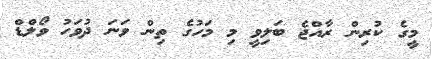
މީގެ ކުރިން ރާއްޖެ ބަލިވީ މި މަހުގެ ތިން ވަނަ ދުވަހު ވޯލްޑް